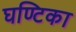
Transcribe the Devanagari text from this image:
घण्टिका